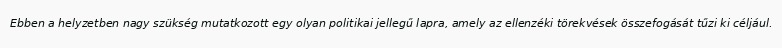
Ebben a helyzetben nagy szükség mutatkozott egy olyan politikai jellegű lapra, amely az ellenzéki törekvések összefogását tűzi ki céljául.